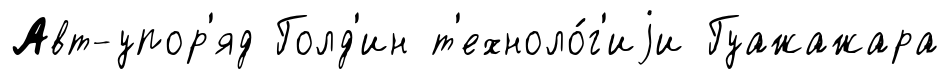
Авт-упор'яд Голд'ин т'ехноло́г'иjи Гуажажара